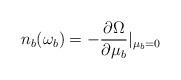
LaTeX: \begin{align*}n_b(\omega_b)=-\frac{\partial\Omega}{\partial \mu_b}|_{\mu_b=0}\end{align*}